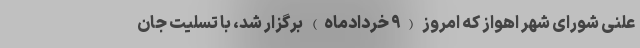
علنی شورای شهر اهواز که امروز (۹ خردادماه) برگزار شد، با تسلیت جان